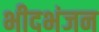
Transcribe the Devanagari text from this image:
भीदभंजन